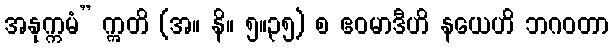
အနုက္ကမံ” ဣတိ (အ။ နိ။ ၅။၃၅) စ ဧဝမာဒီဟိ နယေဟိ ဘဂဝတာ